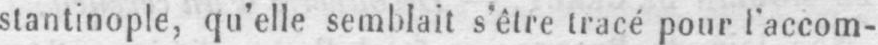
stantinople qu’elle semblait s’être tracé pour l’accom-